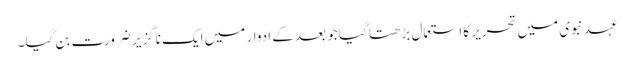
عہد نبوی میں تحریر کا استعمال بڑھتا گیا جو بعد کے ادوار میں ایک ناگزیر ضرورت بن گیا۔